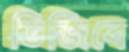
ভিজিবে